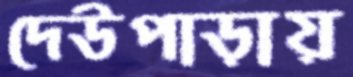
দেউপাড়ায়